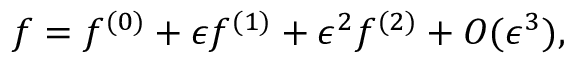
f = f ^ { ( 0 ) } + \epsilon f ^ { ( 1 ) } + \epsilon ^ { 2 } f ^ { ( 2 ) } + { O } ( \epsilon ^ { 3 } ) ,